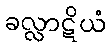
ခလ္လာဋိယံ